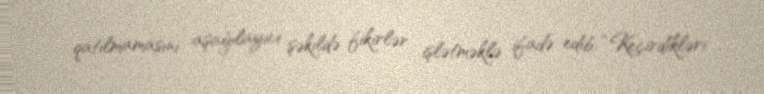
qatılmamasını aşağılayıcı şəkildə fikirlər işlətməklə ifadə edib: “Keçirdikləri